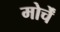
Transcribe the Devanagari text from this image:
मोर्चें